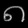
Digit: ၈